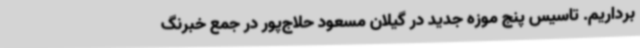
برداریم. تاسیس پنج موزه جدید در گیلان مسعود حلاج‌پور در جمع خبرنگ